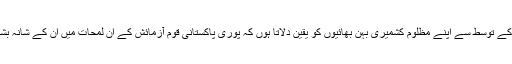
میں ان کے توسط سے اپنے مظلوم کشمیری بہن بھائیوں کو یقین دلاتا ہوں کہ پوری پاکستانی قوم آزمائش کے ان لمحات میں ان کے شانہ بشانہ ہے۔